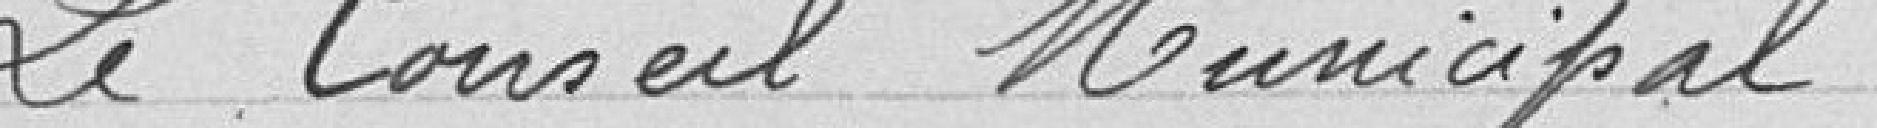
Le Conseil Municipal,